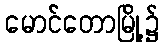
မောင်တောမြို့၌